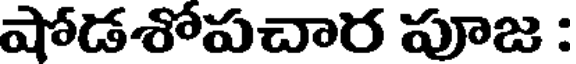
షోడశోపచార పూజ :